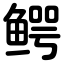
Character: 鳄